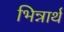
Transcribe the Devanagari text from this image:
भिन्नार्थ